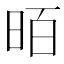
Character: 𱡿